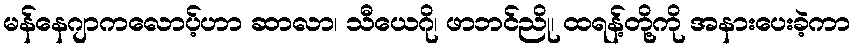
မန်နေဂျာကလောပ့်ဟာ ဆာလာ၊ သီယေဂို၊ ဖာဘင်ညို၊ ထရန့်တို့ကို အနားပေးခဲ့ကာ